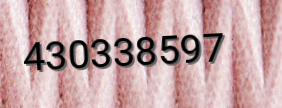
430338597